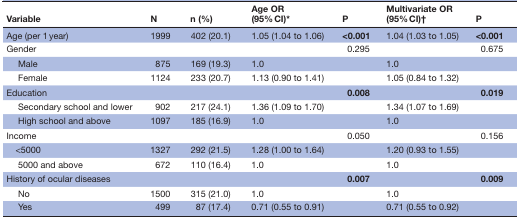
<table><thead><tr><td><b>Variable</b></td><td><b>N</b></td><td><b>n (%)</b></td><td><b>Age OR (95% CI)*</b></td><td><b>P</b></td><td><b>Multivariate OR (95% CI)†</b></td><td><b>P</b></td></tr></thead><tbody><tr><td>Age (per 1 year)</td><td>1999</td><td>402 (20.1)</td><td>1.05 (1.04 to 1.06)</td><td><b>&lt;0.001</b></td><td>1.04 (1.03 to 1.05)</td><td><b>&lt;0.001</b></td></tr><tr><td>Gender</td><td></td><td></td><td></td><td>0.295</td><td></td><td>0.675</td></tr><tr><td>Male</td><td>875</td><td>169 (19.3)</td><td>1.0</td><td></td><td>1.0</td><td></td></tr><tr><td>Female</td><td>1124</td><td>233 (20.7)</td><td>1.13 (0.90 to 1.41)</td><td></td><td>1.05 (0.84 to 1.32)</td><td></td></tr><tr><td>Education</td><td></td><td></td><td></td><td><b>0.008</b></td><td></td><td><b>0.019</b></td></tr><tr><td>Secondary school and lower</td><td>902</td><td>217 (24.1)</td><td>1.36 (1.09 to 1.70)</td><td></td><td>1.34 (1.07 to 1.69)</td><td></td></tr><tr><td>High school and above</td><td>1097</td><td>185 (16.9)</td><td>1.0</td><td></td><td>1.0</td><td></td></tr><tr><td>Income</td><td></td><td></td><td></td><td>0.050</td><td></td><td>0.156</td></tr><tr><td> &lt;5000</td><td>1327</td><td>292 (21.5)</td><td>1.28 (1.00 to 1.64)</td><td></td><td>1.20 (0.93 to 1.55)</td><td></td></tr><tr><td>5000 and above</td><td>672</td><td>110 (16.4)</td><td>1.0</td><td></td><td>1.0</td><td></td></tr><tr><td>History of ocular diseases</td><td></td><td></td><td></td><td><b>0.007</b></td><td></td><td><b>0.009</b></td></tr><tr><td>No</td><td>1500</td><td>315 (21.0)</td><td>1.0</td><td></td><td>1.0</td><td></td></tr><tr><td>Yes</td><td>499</td><td>87 (17.4)</td><td>0.71 (0.55 to 0.91)</td><td></td><td>0.71 (0.55 to 0.92)</td><td></td></tr></tbody></table>